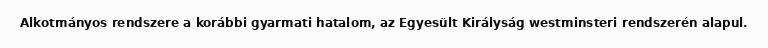
Alkotmányos rendszere a korábbi gyarmati hatalom, az Egyesült Királyság westminsteri rendszerén alapul.